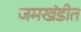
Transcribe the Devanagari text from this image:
जमखंडीत